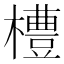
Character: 𪴊